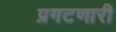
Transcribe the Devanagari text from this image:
प्रगटणारी